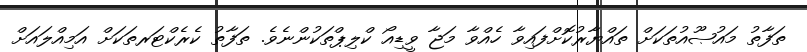
ތަފާތު މައުޞޫއުތަކަށް ތައްޔާރުކޮށްފައިވާ ހެއްވާ މަޖާ ވީޑިއޯ ކްލިޕްތަކުންނެވެ. ތަފާތު ކެރެކްޓަރތަކަށް އަމިއްލައަށް